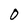
Character: 0